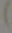
)